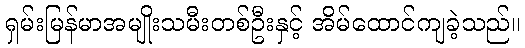
ရှမ်းမြန်မာအမျိုးသမီးတစ်ဦးနှင့် အိမ်ထောင်ကျခဲ့သည်။